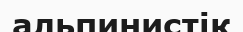
альпинистік